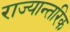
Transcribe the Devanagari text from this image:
राज्यान्तरिक